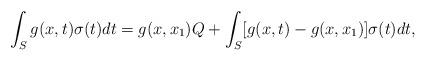
LaTeX: \begin{align*} \int_S g(x,t) \sigma(t)dt=g(x,x_1)Q+\int_S[g(x,t)-g(x,x_1)]\sigma(t)dt,\end{align*}